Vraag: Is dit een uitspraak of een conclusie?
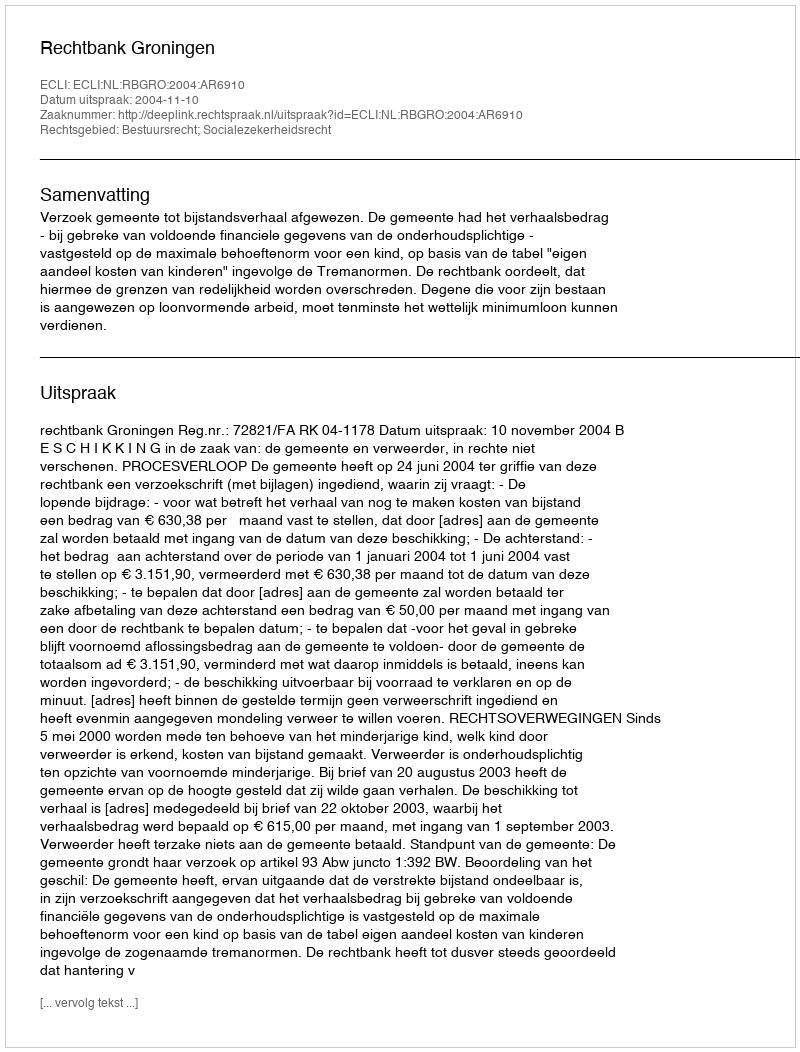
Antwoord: Uitspraak